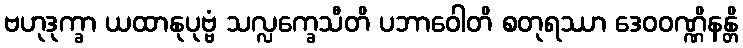
ဗဟုဒုက္ခာ ယထာနုပုဗ္ဗံ သလ္လက္ခေသီတိ ပဘာဝေါတိ စတုရဿာ ဒေဝဝဏ္ဏိနန္တိ